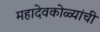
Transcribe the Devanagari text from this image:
महादेवकोळ्यांची